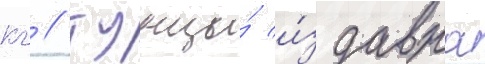
кг // Тунцы́ и́здавна